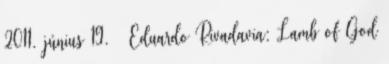
2011. június 19. ↑ Eduardo Rivadavia: Lamb of God